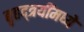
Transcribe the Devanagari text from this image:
बृहद्त्रयींमध्ये